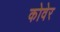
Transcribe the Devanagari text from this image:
कोवेर